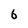
Character: 6